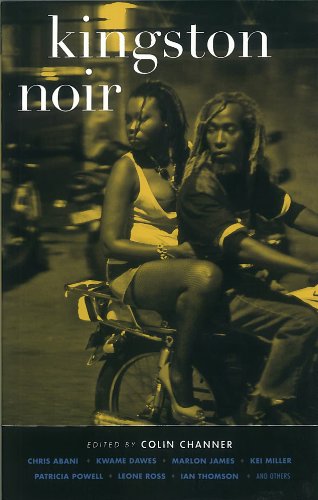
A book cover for Kingston Noir (Akashic Noir); Mystery, Thriller & Suspense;